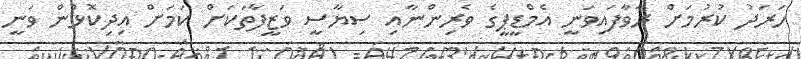
ހަރަދު ކުރުމަށް ރާވާފައިވަނީ އެމްޑީޕީގެ ވެރިންނާއި ސިޔާސީ ވަޒީފާތަކަށް ކަމަށް އިދިކޮޅުން ވަނީ